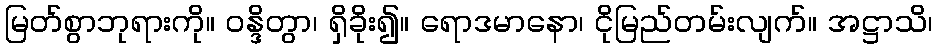
မြတ်စွာဘုရားကို။ ဝန္ဒိတွာ၊ ရှိခိုး၍။ ရောဒမာနော၊ ငိုမြည်တမ်းလျက်။ အဋ္ဌာသိ၊